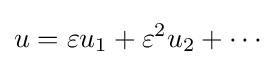
u=\varepsilon u_{1}+\varepsilon ^{2}u_{2}+\cdots